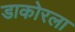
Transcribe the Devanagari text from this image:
डाकोरला